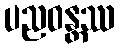
ပညဝန္တဿ